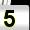
Digit: 5